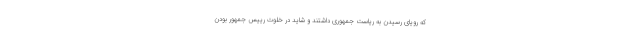
که رویای رسیدن به ریاست جمهوری داشتند و شاید در خلوت رییس جمهور بودن